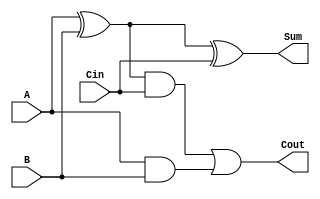
//-----------------------------------------------------------------------------
// UEFS TEC 499
// Lab 0, 2016.1
// Module: FA.v
// Desc: 1-bit Full Adder
//       You may only use structural verilog in this module.       
//-----------------------------------------------------------------------------
module FA(
    input A, B, Cin,
    output Sum, Cout
);
   // Structural verilog only!
   /********YOUR CODE HERE********/
	wire A_xor_B,A_and_B, sim;
		
	xor(A_xor_B, A, B);
	xor(Sum,A_xor_B,Cin);
	
	and(A_and_B,A,B);
	and(sim, A_xor_B,Cin);
	or(Cout,sim,A_and_B);
	
	

	//assign Cout= ((A & B) | ((A^B) & Cin));
	//assign Sum = (A^B^Cin);

   /********END CODE********/
endmodule